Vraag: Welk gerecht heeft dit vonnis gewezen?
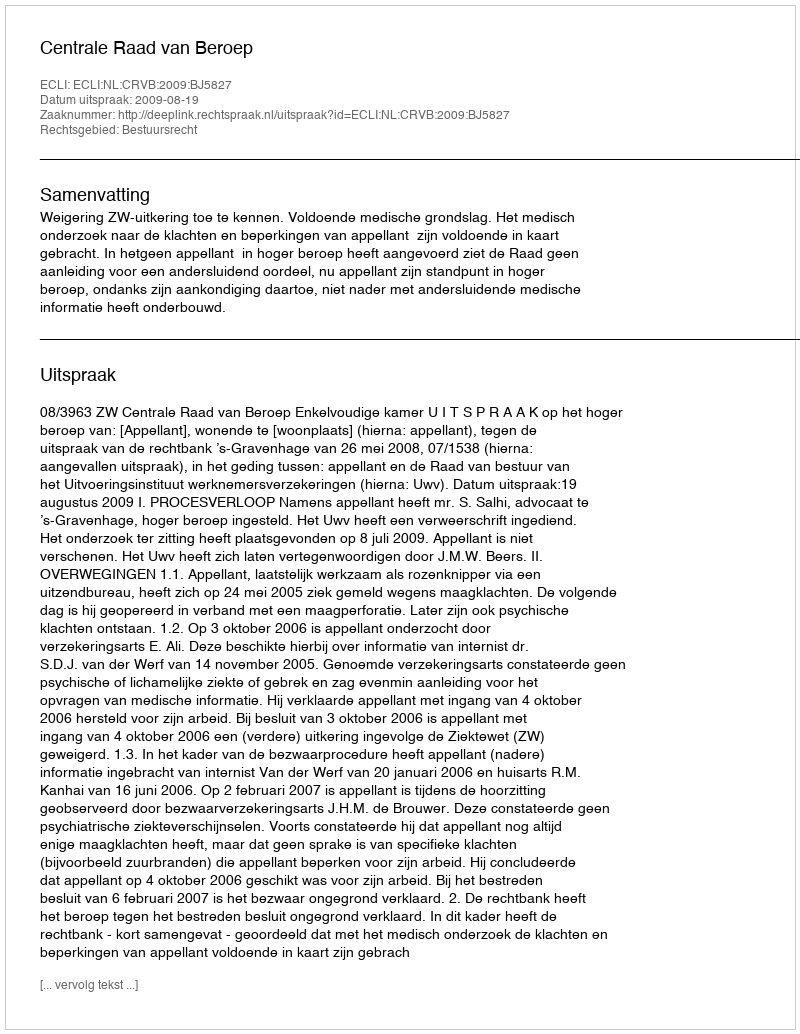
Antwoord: Centrale Raad van Beroep